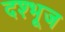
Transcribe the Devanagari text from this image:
दश्भूज